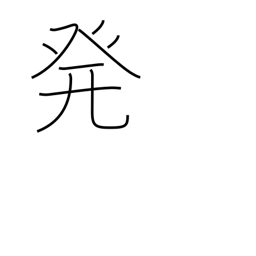
Meaning: start from